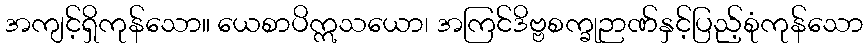
အကျင့်ရှိကုန်သော။ ယေစာပိဣသယော၊ အကြင်ဒိဗ္ဗစက္ခုဉာဏ်နှင့်ပြည့်စုံကုန်သော